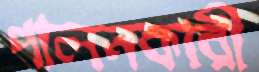
পালনকারী